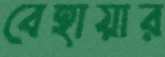
বেহায়ার